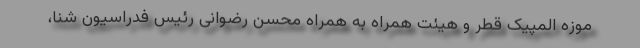
موزه المپیک قطر و هیئت همراه به همراه محسن رضوانی رئیس فدراسیون شنا،